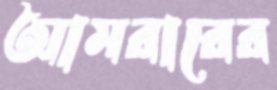
আমরারের